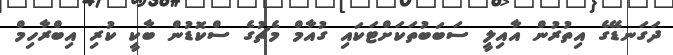
ދަގަނޑޭގެ އިތުރުން އާއިލީ ސަބަބުތަކަށްޓަކައި ގުއާމް މެޗުގެ ސްކޮޑުން ބާކީ ކުރި އިބްރާހިމް